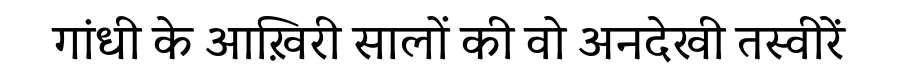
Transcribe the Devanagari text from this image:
गांधी के आख़िरी सालों की वो अनदेखी तस्वीरें